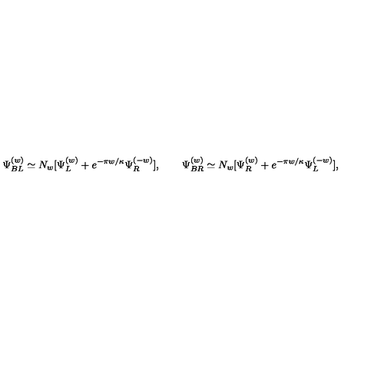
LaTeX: { \Psi } _ { B L } ^ { ( w ) } \simeq N _ { w } [ \Psi _ { L } ^ { ( w ) } + e ^ { - \pi w / \kappa } \Psi _ { R } ^ { ( - w ) } ] , \qquad { \Psi } _ { B R } ^ { ( w ) } \simeq N _ { w } [ \Psi _ { R } ^ { ( w ) } + e ^ { - \pi w / \kappa } \Psi _ { L } ^ { ( - w ) } ] ,